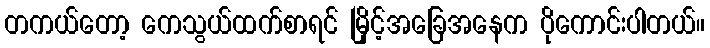
တကယ်တော့ ကေသွယ်ထက်စာရင် မြိုင့်အခြေအနေက ပိုကောင်းပါတယ်။